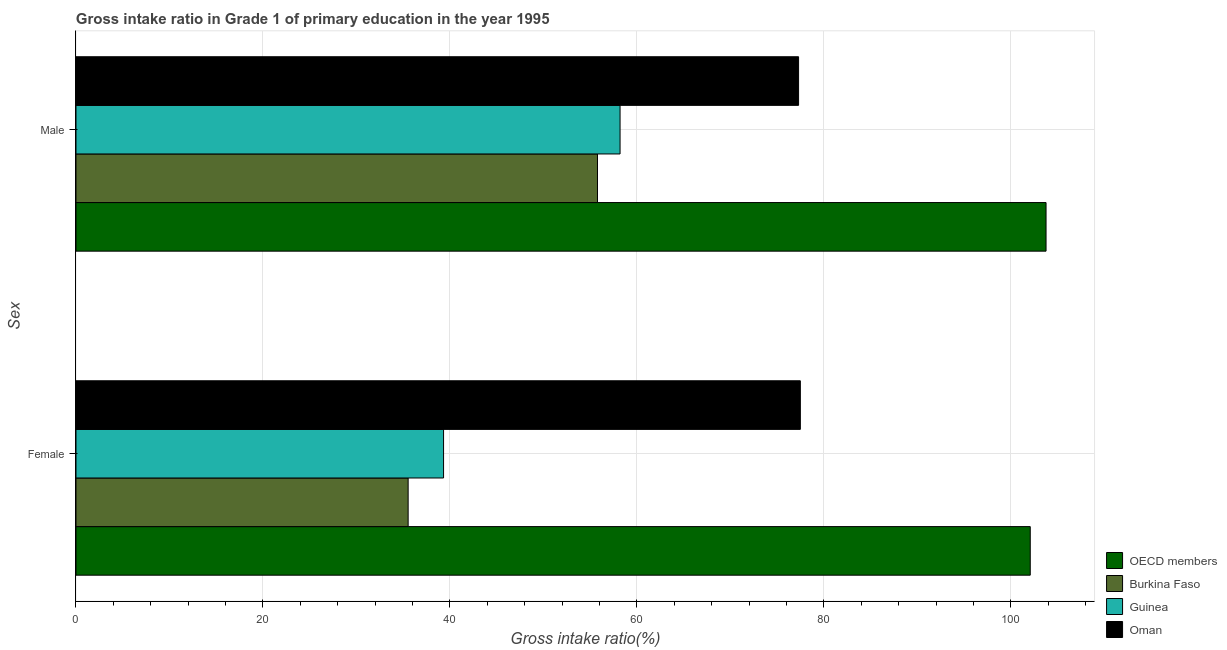
| Sex | OECD members | Burkina Faso | Guinea | Oman |
 | --- | --- | --- | --- | --- |
 | Female | 102 | 35.5 | 39.3 | 77.5 |
 | Male | 104 | 55.8 | 58.2 | 77.3 |